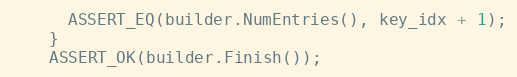
Language: C++
      ASSERT_EQ(builder.NumEntries(), key_idx + 1);
    }
    ASSERT_OK(builder.Finish());